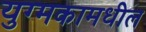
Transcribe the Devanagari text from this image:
युग्मकामधील